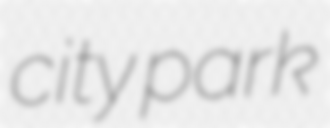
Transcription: city park